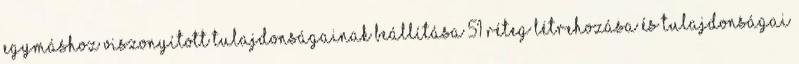
egymáshoz viszonyított tulajdonságainak beállítása 51 Réteg létrehozása és tulajdonságai